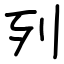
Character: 列